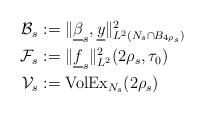
\begin{align*}\begin{aligned}\mathcal{B}_s&:= \|\underline{\beta}_{s}, \underline{y}\|^2_{L^2(N_{s}\cap B_{4\rho_s})}\\\mathcal{F}_s &:= \|\underline{f}_s\|^2_{L^{2}}(2\rho_s,\tau_0)\\\mathcal{V}_{s} &:= {\rm VolEx}_{N_{s}}(2\rho_s)\end{aligned}\end{align*}